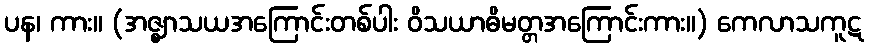
ပန၊ ကား။ (အဇ္ဈာသယအကြောင်းတစ်ပါး ဝိသယာဓိမတ္တအကြောင်းကား။) ကေလာသကူဋ